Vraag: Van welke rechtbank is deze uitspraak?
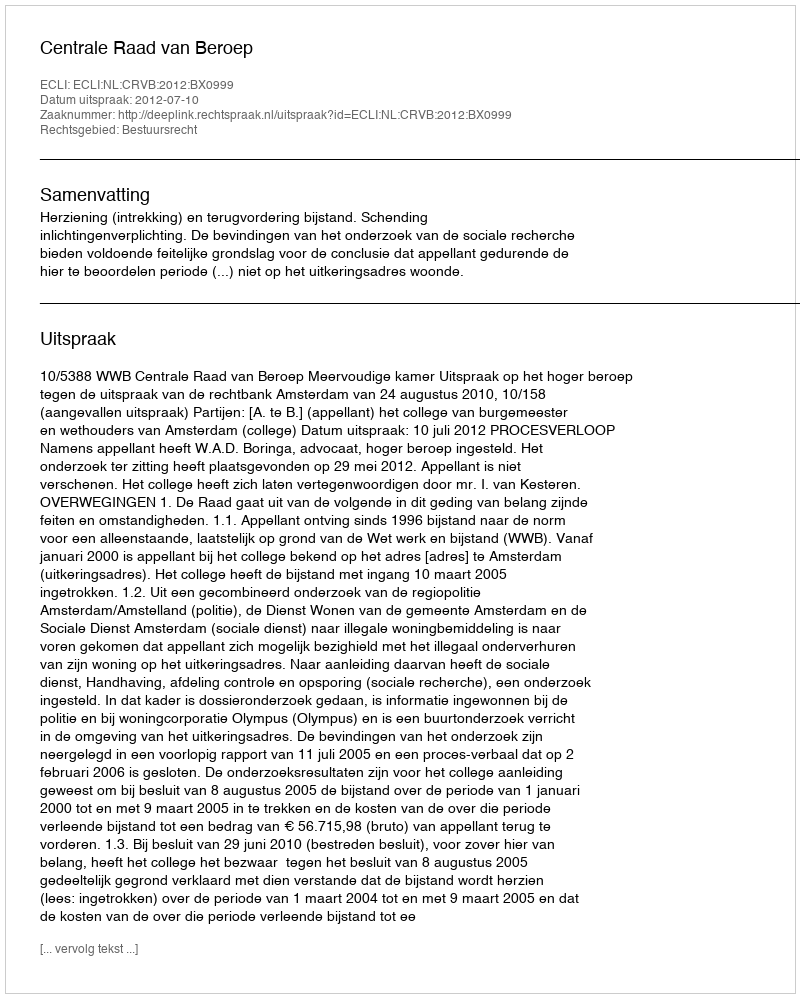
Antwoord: Centrale Raad van Beroep